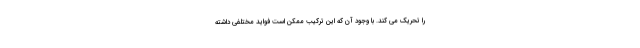
را تحریک می کند. با وجود آن که این ترکیب ممکن است فواید مختلفی داشته